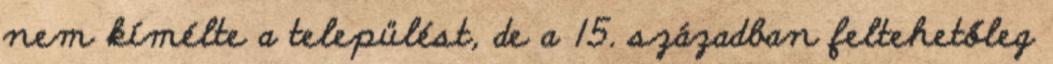
nem kímélte a települést, de a 15. században feltehetőleg